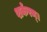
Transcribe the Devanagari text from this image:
शर्करम्।